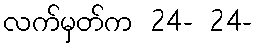
လက်မှတ်က 24- 24-